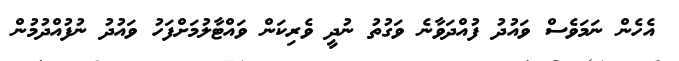
އެހެން ނަމަވެސް ވައުދު ފުއްދަވާނެ ވަގުތު ނުދީ ވެރިކަން ވައްޓާލުމަށްފަހު ވައުދު ނުފުއްދުމުން